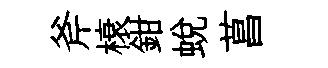
斧榱鉗蜕菖